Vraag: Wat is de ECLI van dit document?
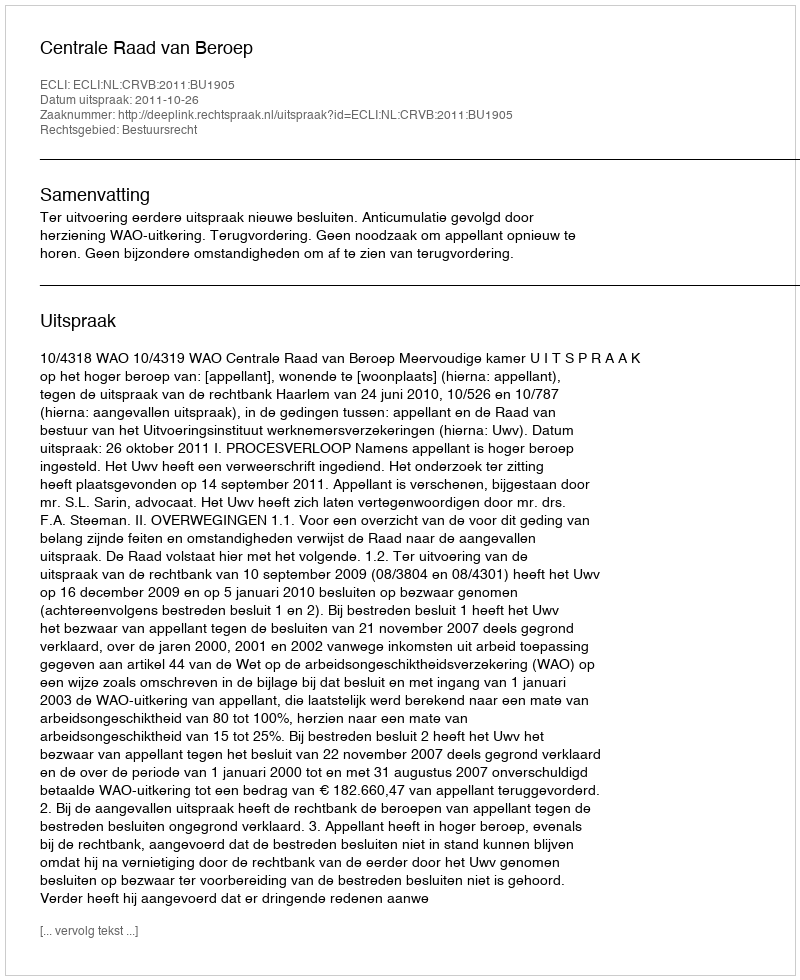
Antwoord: ECLI:NL:CRVB:2011:BU1905